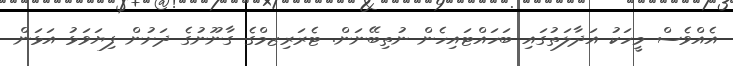
އެއްވެސް މީހަކު އަދާލަތުގައި ބަހައްޓައިހެން ނުތިބޭނަން. ޓެރަރިޒމްގެ ގާނޫނުގެ ދަށުން ފިޔަވަޅު އަޅަން